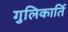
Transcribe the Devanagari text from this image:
गुलिकार्ति